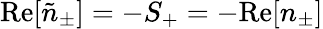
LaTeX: \mathrm{Re}[\tilde{n}_{\pm}]=-S_{+}=-\mathrm{Re}[n_{\pm}]